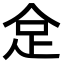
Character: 𠈮